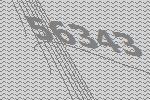
56343